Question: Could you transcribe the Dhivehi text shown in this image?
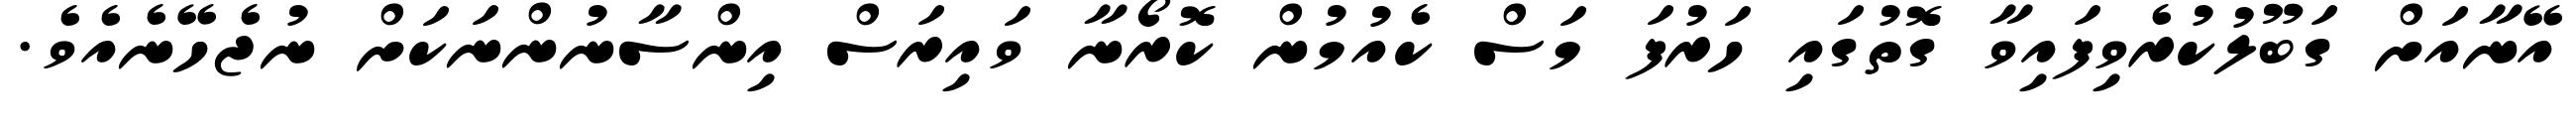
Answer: އޭނާއަށް ގަބޫލުކުރެވިފައިވާ ގޮތުގައި ހަރުފަ މަސް ކެއުމުން ކޮރޯނާ ވައިރަސް އިންސާނުންނަކަށް ނުޖެހޭނެއެވެ.